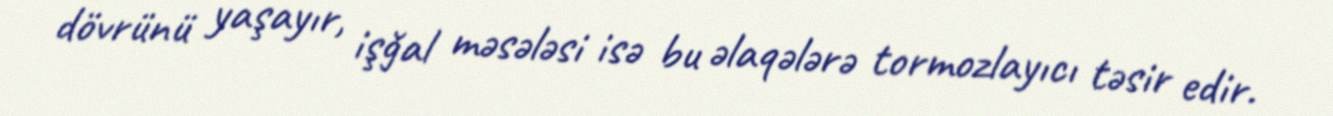
dövrünü yaşayır, işğal məsələsi isə bu əlaqələrə tormozlayıcı təsir edir.